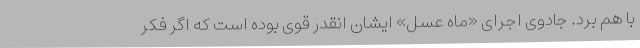
با هم برد. جادوی اجرای «ماه عسل» ایشان انقدر قوی بوده است که اگر فکر